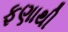
ફણાથી